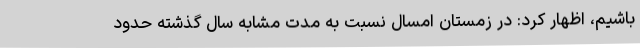
باشیم، اظهار کرد: در زمستان امسال نسبت به مدت مشابه سال گذشته حدود